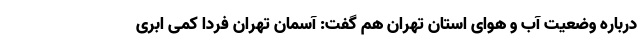
درباره وضعیت آب و هوای استان تهران هم گفت: آسمان تهران فردا کمی ابری